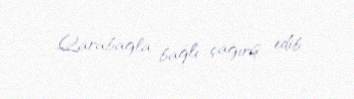
Qarabağla bağlı çağırış edib.